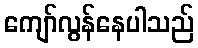
ကျော်လွန်နေပါသည်